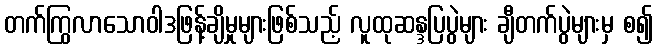
တက်ကြွလာသောဝါဒဖြန့်ချိမှုများဖြစ်သည့် လူထုဆန္ဒပြပွဲများ ချီတက်ပွဲများမှ စ၍